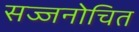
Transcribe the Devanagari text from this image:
सज्जनोचित